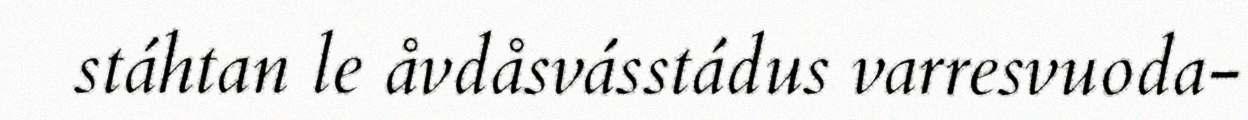
stáhtan le åvdåsvásstádus varresvuoda-